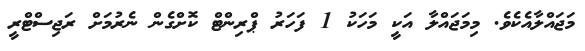
މަޖައްލާއެކެވެ. މިމަޖައްލާ އަކީ މަހަކު 1 ފަހަރު ޕްރިންޓް ކޮށްގެން ނެރުމަށް ރަޖިސްޓްރީ